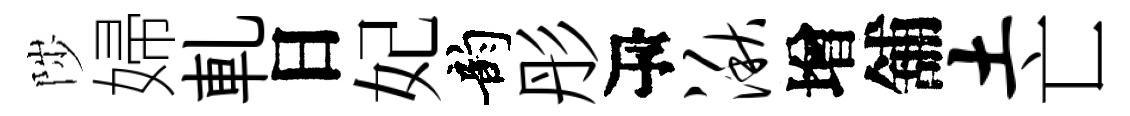
陟婦軋日妃韵彤瓴湫增舖土亡